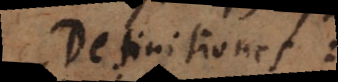
Definitiones: